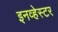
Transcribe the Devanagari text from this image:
इनव्हेस्टर